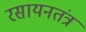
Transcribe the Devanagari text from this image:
रसायनतंत्र